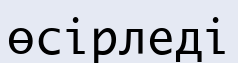
өсірледі